Civil Veterinary Department Bengal reports 1923-33 - 1923-1933
Year: 1923
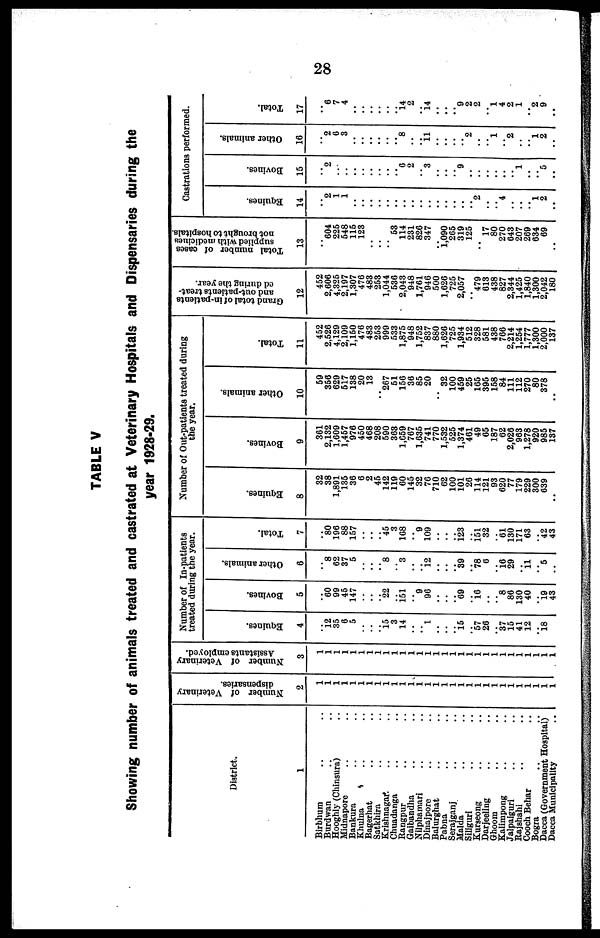
28
TABLE V
Showing number of animals treated and castrated at Veterinary Hospitals and Dispensaries during the
year 1928-29.
District.
1
Birbhum .. ..
Burdwan .. ..
Hooghly (Chinsura) ..
Midnapore .. ..
Bankura .. ..
Khulna .. ..
Bagerhat .. ..
Satkhira .. ..
Krishnagar. .. ..
Chuadanga .. ..
Rangpur .. ..
Gaibandha .. ..
Nilphamari .. ..
Dinajpore .. ..
Balurghat .. ..
Pabna .. ..
Serajganj .. ..
Malda .. ..
Siliguri .. ..
Kurseong .. ..
Darjeeling .. ..
Ghoom .. ..
Kalimpong .. ..
Jalpaiguri .. ..
Rajshahi .. ..
Cooch Behar ..
Bogra .. ..
Dacca (Government Hospital)
Dacca Municipality ..
Number of Veterinary
dispensaries.
2
1
1
1
1
1
1
1
1
1
1
1
1
1
1
1
1
1
1
1
1
1
1
1
1
1
1
1
1
1
Number of Veterinary
Assistants employed.
3
1
1
1
1
1
1
1
1
1
1
1
1
1
1
1
1
1
1
1
1
1
1
1
1
1
1
1
1
1
Number of In-patients
treated during the year.
Equines.
4
..
12
35
6
5
..
..
.. 15
3
14
..
.. 1
..
..
.. 15
.. 57
26
.. 37
15
41
12
.. 18
..
Bovines.
5
"60
99
45
147
..
..
.. 22
.. 151
.. 9
96
..
..
.. 69
.. 16
..
.. 8
86
130
40
.. 19
43
Other animals.
6
"8
62
37
5
..
..
.. 8
.. 3
..
.. 12
..
..
.. 39
.. 78
6
.. 16
29
11
.. 5
..
Total.
7
80
196
88
157
..
..
.. 45
3
168
.. 9
109
..
..
.. 123
.. 151
32
.. 61
130
171
63
..
42
43
Number of Out-patients treated during
the year.
Equines.
8
32
38
1,891
135
36
6
2
45
142
119
60
145
32
76
710
62
100
101
26
114
121
93
620
77
179
229
300
639
..
Bovines.
9
361
2,132
1,609
1,457
976
450
468
208
590
363
1,659
767
1,635
741
770
1,532
525
1,374
461
49
65
187
62
2,026
963
1,278
920
985
137
Other animals.
10
59
356
629
517
138
20
13
..
267
51
156
36
85
20
..
32
100
459
25
165
395
158
84
111
112
270
80
378
..
Total.
11
452
2,526
4,129
2,109
1,150
476
483
253
999
533
1,875
948
1,752
837
880
1,626
725
1,934
512
328
581
438
766
2,214
1,254
1,777
1,300
2,000
137
Grand total of in-patients
and out-patients treat-
ed during the year.
12
452
2,606
4,325
2,197
1,307
476
483
253
1,044
536
2,043
948
1,761
946
500
1,626
725
2,057
.. 479
613
438
827
2,344
1,425
1,840
1,300
2,042
180
Total number of cases
supplied with medicines
not brought to hospitals.
13
..
604
225
548
115
123
..
..
..
53
114
231
826
347
.. 1,090
265
319
125
..
17
80
270
643
207
269
634
69
..
Castrations performed.
Equines.
14
..
2
1
1
..
..
..
..
..
..
..
..
..
..
..
..
..
..
.. 2
..
.. 4
..
..
.. 1
2
..
Bovines.
15
..
2
..
..
..
..
..
..
..
.. 6
2
.. 3
..
..
.. 9
..
..
.. ..
..
.. 1
.. ..
5
..
Other animals.
16
..
2
6
3
..
..
..
..
.. ..
8
..
.. 11
..
..
..
.. 2
..
.. 1
.. 2
.. 1
2
..
Total.
17
..
6
7
4
..
..
..
..
..
.. 14
2
14
..
..
..
9
2
2
.. 1
4
2
1
.. 2
9
..